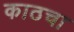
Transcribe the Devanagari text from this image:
काठचा